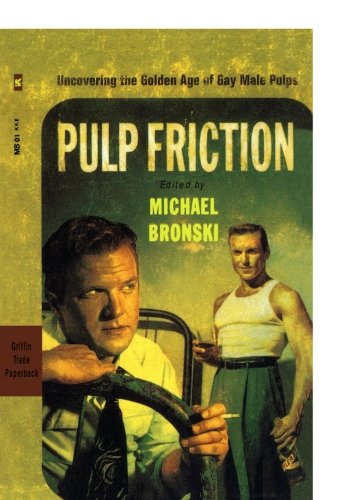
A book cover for Pulp Friction: Uncovering the Golden Age of Gay Male Pulps; Michael Bronski; Romance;